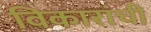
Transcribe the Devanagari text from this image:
विकारांची